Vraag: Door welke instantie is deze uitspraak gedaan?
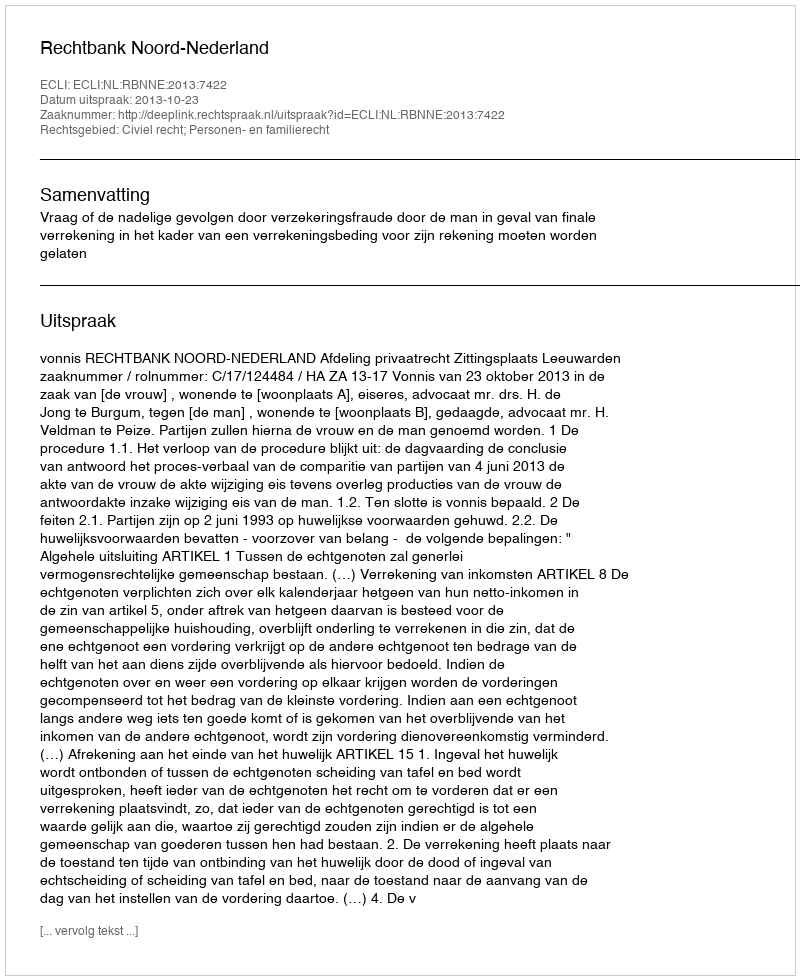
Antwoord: Rechtbank Noord-Nederland